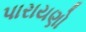
પારાયણો